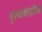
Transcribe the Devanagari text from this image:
दृश्यांशातील